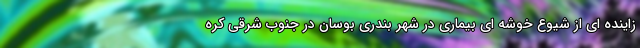
زاینده ای از شیوع خوشه ای بیماری در شهر بندری بوسان در جنوب شرقی کره